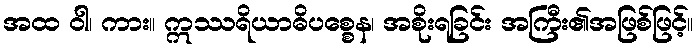
အထ ဝါ၊ ကား။ ဣဿရိယာဓိပစ္စေန၊ အစိုးရခြင်း အကြီး၏အဖြစ်ဖြင့်။